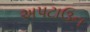
અપટાઉન